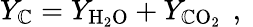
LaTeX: Y_{\mathbb{C}}=Y_{\mathrm{{H_{2}O}}}+Y_{\mathrm{{\mathbb{C}O_{2}}}}\, \mathrm{{~,~}}